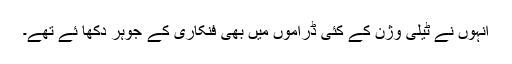
انہوں نے ٹیلی وژن کے کئی ڈراموں میں بھی فنکاری کے جوہر دکھا ئے تھے۔